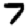
Digit: 7